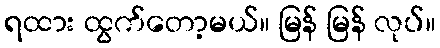
ရထား ထွက်တော့မယ်။ မြန် မြန် လုပ်။